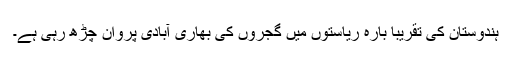
ہندوستان کی تقریبا بارہ ریاستوں میں گجروں کی بھاری آبادی پروان چڑھ رہی ہے۔